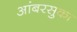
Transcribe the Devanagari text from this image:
आंबरसुका